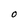
Character: O